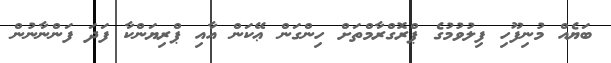
ބަޔެއް މުނިފޫހި ފިލުވުމުގެ ޕްރޮގްރާމްތަށް ހިންގަން ޢޭކަން އާއި ޕްރިޔަންކާ ފަދަ ފަންނާނުން